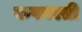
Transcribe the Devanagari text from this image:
कपवरती